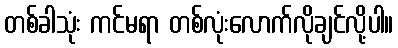
တစ်ခါသုံး ကင်မရာ တစ်လုံးလောက်လိုချင်လို့ပါ။